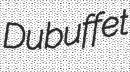
Dubuffet